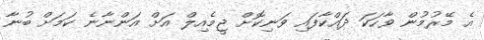
އެ މޭރުމުން ވާހަކަ ދައްކާފައި ވަނިކޮށް ޖީމެއިލް އަށް އަންނާނެ ކަމަށް ބުނާ